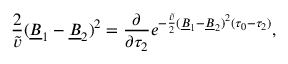
\frac { 2 } { \tilde { v } } ( \underline { { { B } } } _ { 1 } - \underline { { { B } } } _ { 2 } ) ^ { 2 } = \frac { \partial } { \partial \tau _ { 2 } } e ^ { - \frac { \tilde { v } } { 2 } ( \underline { { { B } } } _ { 1 } - \underline { { { B } } } _ { 2 } ) ^ { 2 } ( \tau _ { 0 } - \tau _ { 2 } ) } ,